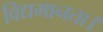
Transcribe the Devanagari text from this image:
विद्यमानता।